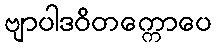
ဗျာပါဒဝိတက္ကောပေ